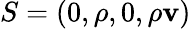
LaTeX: S=(0,\rho,0,\rho\mathbf{v})